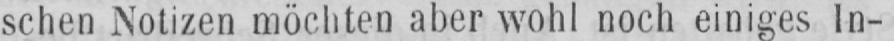
schen Notizen möchten aber wohl noch einiges In-